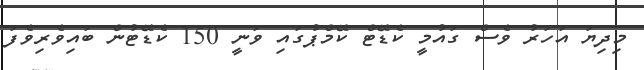
މިދިޔަ އަހަރު ވެސް ގައުމީ ކެޑޭޓް ކޭމްޕުގައި ވަނީ 150 ކެޑޭޓުން ބައިވެރިވެފަ